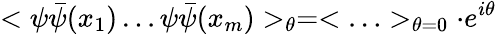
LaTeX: <\psi\bar{\psi}(x_{1})\ldots\psi\bar{\psi}(x_{m})>_{\theta}=<\ldots>_{\theta=0}\cdot e^{i\theta}